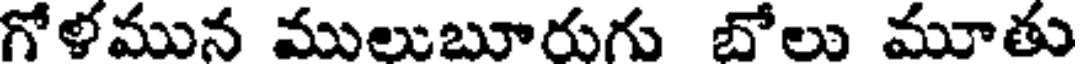
గోళమున ములుబూరుగు బోలు మూతు